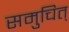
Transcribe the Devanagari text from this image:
समुचित्‌